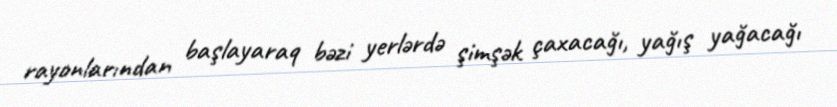
rayonlarından başlayaraq bəzi yerlərdə şimşək çaxacağı, yağış yağacağı